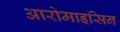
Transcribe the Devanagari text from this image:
आरोमाइसिन